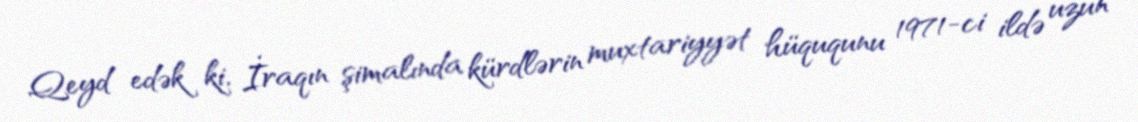
Qeyd edək ki, İraqın şimalında kürdlərin muxtariyyət hüququnu 1971-ci ildə uzun